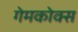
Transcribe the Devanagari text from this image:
गेमकोक्स